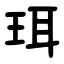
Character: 珥